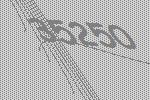
35250